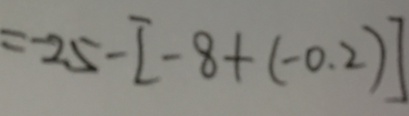
= - 2 5 - [ - 8 + ( - 0 . 2 ) ]